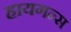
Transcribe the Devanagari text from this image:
हायगन्स